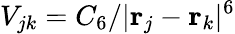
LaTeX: V_{jk}=C_{6}/|{\mathbf r}_{j}-{\mathbf r}_{k}|^{6}